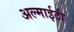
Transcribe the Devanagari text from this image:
अल्माईटी